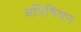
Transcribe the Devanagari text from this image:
अभिषिंचन